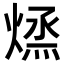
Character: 𭵱